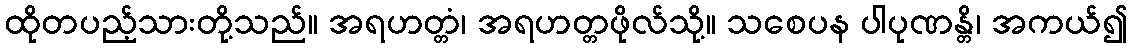
ထိုတပည့်သားတို့သည်။ အရဟတ္တံ၊ အရဟတ္တဖိုလ်သို့။ သစေပန ပါပုဏန္တိ၊ အကယ်၍